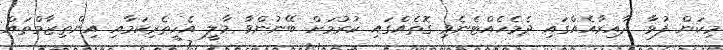
މިކަން ފުޅާ ދާއިރާއެއްގައި ދެމެހެއްޓެނެވި ގޮތެއްގައި ކުރުމަށް ބޭނުންވާ މާލީ އެހީތެރިކަމާއި އިންތިޒާމްތައް